Vaccination in the Punjab 1905-1918 - 1905-1918
Year: 1905
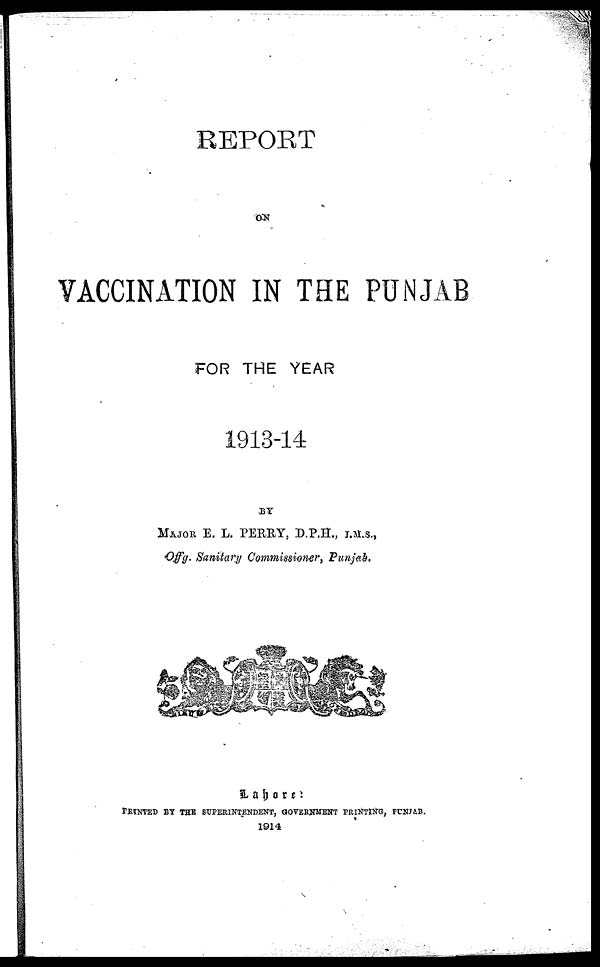
REPORT
ON
VACCINATION IN THE PUNJAB
FOR THE YEAR
1913-14
BY
MAJOR E. L. PERRY, D.P.H., I.M.S.,
Offg. Sanitary Commissioner, Punjab.
Lahore:
PRINTED BY THE SUPERINTENDENT, GOVERNMENT PRINTING, PUNJAB,
1914